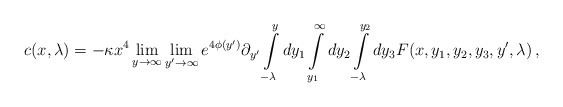
\begin{align*}c(x,\lambda )= - \kappa x^4 \lim_{y\rightarrow\infty} \lim_{y'\rightarrow\infty} e^{4\phi (y')} \partial_{y'}\int\limits_{-\lambda }^{y}dy_1\int\limits_{y_1}^{\infty}dy_2\int\limits_{-\lambda }^{y_2}dy_3 F(x,y_1,y_2,y_3,y',\lambda )\,,\end{align*}